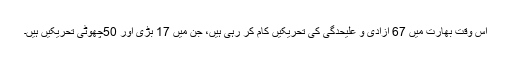
اس وقت بھارت میں 67 آزادی و علیحدگی کی تحریکیں کام کر رہی ہیں، جن میں 17 بڑی اور 50چھوٹی تحریکیں ہیں۔